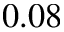
0 . 0 8